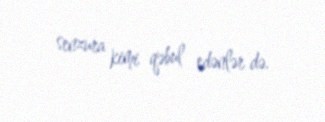
senzura kimi qəbul edənlər də.